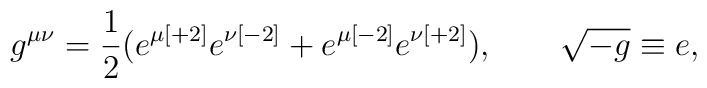
g^{\mu \nu }= {{ 1}\over { 2}} (e^{\mu { [+2]}} e^{\nu { [-2]}}+ e^{\mu { [-2]}} e^{\nu { [+2]}}) ,\qquad\sqrt{-g} \equiv  e ,